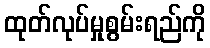
ထုတ်လုပ်မှုစွမ်းရည်ကို